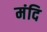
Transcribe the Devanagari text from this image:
मंदि